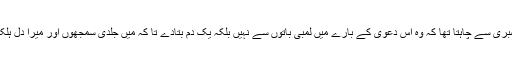
میں بے صبری سے چاہتا تھا کہ وہ اس دعویٰ کے بارے میں لمبی باتوں سے نہیں بلکہ یک دم بتادے تا کہ میں جلدی سمجھوں اور میرا دل ہلکا ہو جائے۔